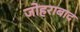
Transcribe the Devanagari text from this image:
जोहराबाद